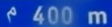
400 m